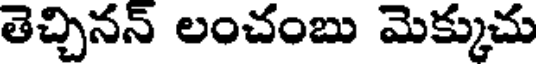
తెచ్చినన్ లంచంబు మెక్కుచు